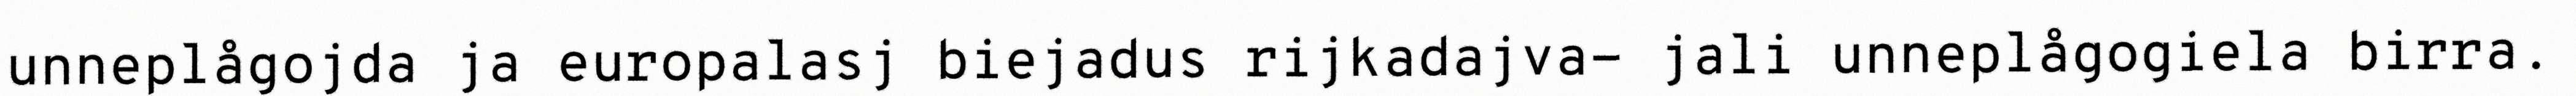
unneplågojda ja europalasj biejadus rijkadajva- jali unneplågogiela birra.